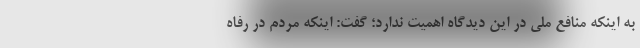
به اینکه منافع ملی در این دیدگاه اهمیت ندارد؛ گفت: اینکه مردم در رفاه